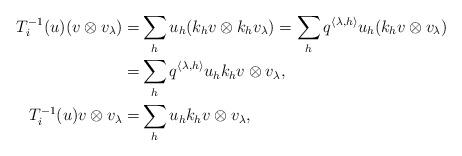
LaTeX: \begin{align*}T_i^{-1}(u)(v\otimes v_\lambda)=&\sum_hu_h (k_h v\otimes k_h v_\lambda)=\sum_h q^{\langle\lambda,h\rangle}u_h(k_h v\otimes v_\lambda)\\=&\sum_h q^{\langle\lambda,h\rangle}u_hk_h v\otimes v_\lambda,\\T_i^{-1}(u)v\otimes v_\lambda=&\sum_h u_h k_h v\otimes v_\lambda,\end{align*}